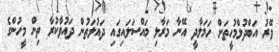
ވޭރު އަބްދުލްމުހީތަށް ހަމަލާދީ އޭނާ މަރާލި މައްސަލައިގައި ދައުލަތުން ދައުވާކުރާ ތިން މީހުންގެ